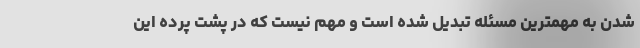
شدن به مهمترین مسئله تبدیل شده است و مهم نیست که در پشت پرده این